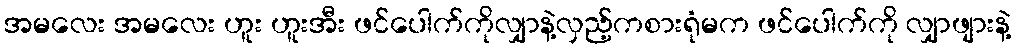
အမလေး အမလေး ဟူး ဟူးအီး ဖင်ပေါက်ကိုလျှာနဲ့လှည့်ကစားရုံမက ဖင်ပေါက်ကို လျှာဖျားနဲ့